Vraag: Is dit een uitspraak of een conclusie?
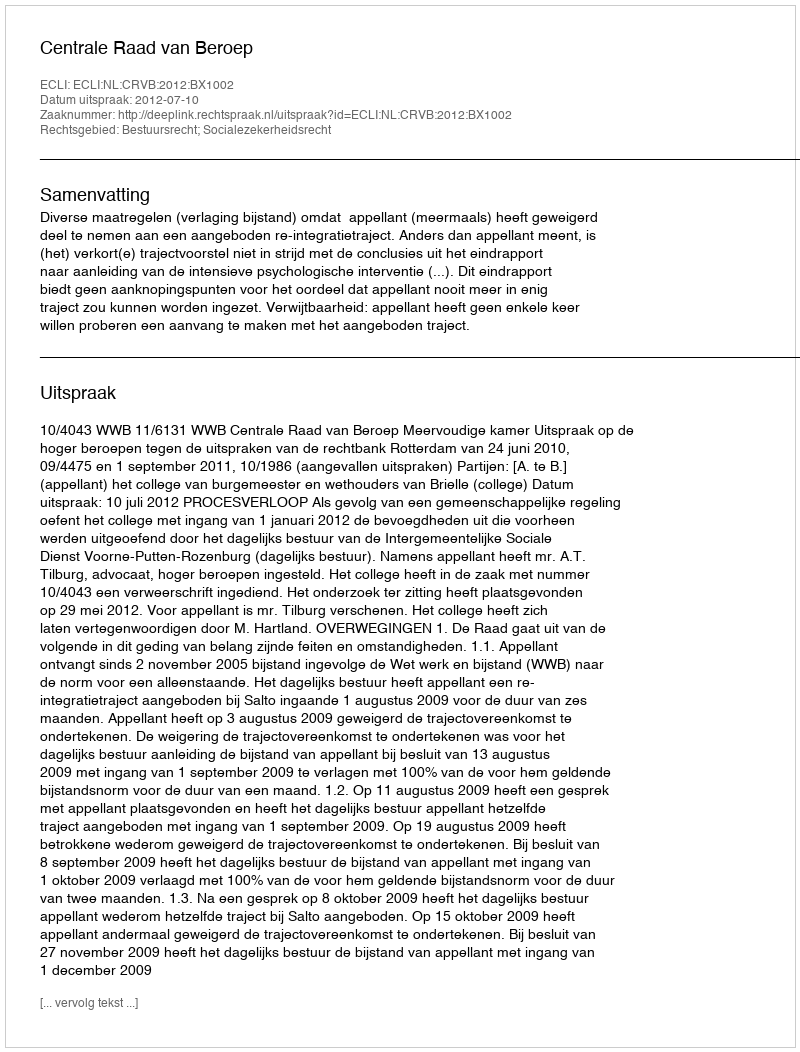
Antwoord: Uitspraak